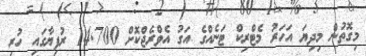
މިގޮތުން މިދިޔަ އަހަރު މެޓްރިކް ޓަނެއްގެ އަގު އެވްރެޖްކޮށް 14